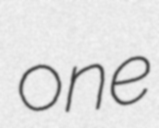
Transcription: one